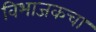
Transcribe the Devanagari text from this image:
विभाजकचा